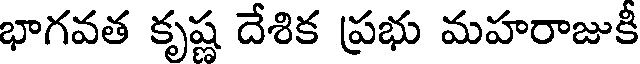
భాగవత కృష్ణ దేశిక ప్రభు మహరాజుకీ